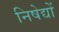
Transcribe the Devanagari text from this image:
निषेद्यों